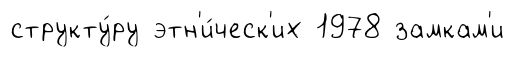
структу́ру этн'и́ческ'их 1978 замкам'и